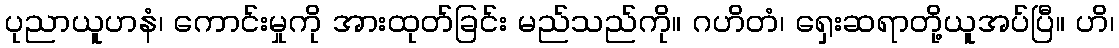
ပုညာယူဟနံ၊ ကောင်းမှုကို အားထုတ်ခြင်း မည်သည်ကို။ ဂဟိတံ၊ ရှေးဆရာတို့ယူအပ်ပြီ။ ဟိ၊